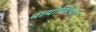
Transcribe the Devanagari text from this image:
बायोप्सियां